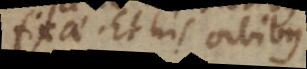
fixae. Et his orbibus